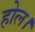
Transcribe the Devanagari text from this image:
होल।